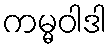
ကမ္မဝါဒါ